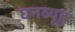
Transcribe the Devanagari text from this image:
घनव्यूह